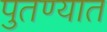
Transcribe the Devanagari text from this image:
पुतण्यात